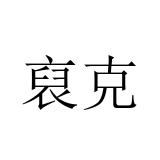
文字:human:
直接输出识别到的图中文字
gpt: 裒克